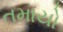
તમાયો